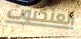
العنكبوت